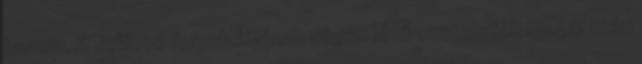
tartsa. A Jellicoe formációjának végén lévő csatahajók 19:40 után